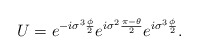
\begin{align*}U = e^{-i{\sigma}^{3} \frac{\phi}{2}} e^{i {\sigma}^{2} \frac{\pi-\theta}{2}}e^{i{\sigma}^{3} \frac{\phi}{2}}.\end{align*}